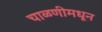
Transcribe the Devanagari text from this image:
चाळणीमधून